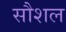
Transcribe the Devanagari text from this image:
सौशल